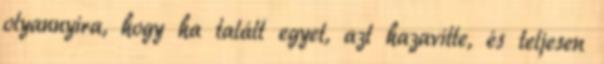
olyannyira, hogy ha talált egyet, azt hazavitte, és teljesen